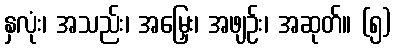
နှလုံး၊ အသည်း၊ အမြှေး၊ အဖျဉ်း၊ အဆုတ်။ (၅)